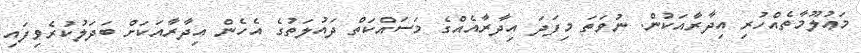
މަޢުލޫމާތެއްހުރި އިދާރާއަކުން. ނުވަތަ މިފަދަ އިދާރާއެއްގެ މަސައްކަތް ދައުލަތުގެ އެހެން އިދާރާއަކަށް ބަދަލުކުރެވިފައި